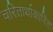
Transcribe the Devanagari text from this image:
चरितार्थाकारिता